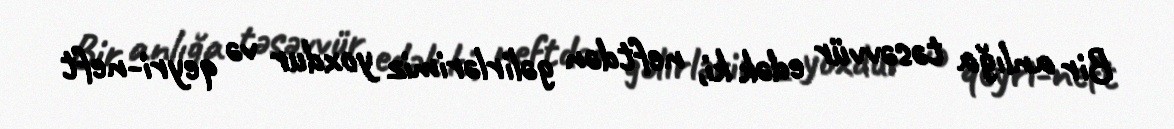
Bir anlığa təsəvvür edək ki, neftdən gəlirlərimiz yoxdur və qeyri-neft